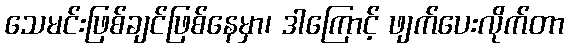
သေမင်းဖြစ်ချင်ဖြစ်နေမှာ၊ ဒါကြောင့် ဖျက်ပေးလိုက်တာ